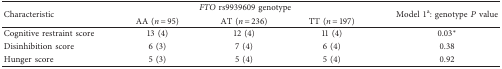
<table><thead><tr><td rowspan="2"><b>Characteristic</b></td><td colspan="3"><b><i>FTO</i> rs9939609 genotype</b></td><td rowspan="2"><b>Model 1<sup>a</sup>: genotype <i>P</i> value</b></td></tr><tr><td><b>AA (<i>n</i> = 95)</b></td><td><b>AT (<i>n</i> = 236)</b></td><td><b>TT (<i>n</i> = 197)</b></td></tr></thead><tbody><tr><td>Cognitive restraint score</td><td>13 (4)</td><td>12 (4)</td><td>11 (4)</td><td>0.03<sup>∗</sup></td></tr><tr><td>Disinhibition score</td><td>6 (3)</td><td>7 (4)</td><td>6 (4)</td><td>0.38</td></tr><tr><td>Hunger score</td><td>5 (3)</td><td>5 (4)</td><td>5 (4)</td><td>0.92</td></tr></tbody></table>